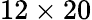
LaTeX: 12\times 20